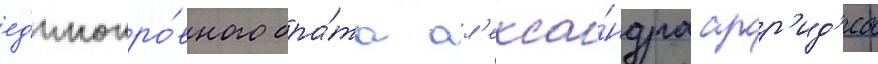
ед'инокро́вного бра́та ал'екса́ндра арр'ид'еа